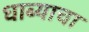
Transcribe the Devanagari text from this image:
धाब्याचा